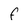
Character: f